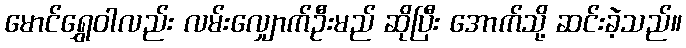
မောင်ရွှေဝါလည်း လမ်းလျှောက်ဦးမည် ဆိုပြီး အောက်သို့ ဆင်းခဲ့သည်။